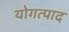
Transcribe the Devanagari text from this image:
योगत्पाद